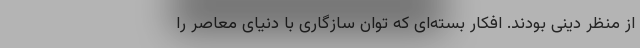
از منظر دینی بودند. افکار بسته‌ای که توان سازگاری با دنیای معاصر را